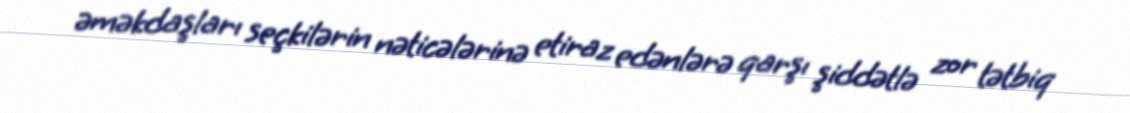
əməkdaşları seçkilərin nəticələrinə etiraz edənlərə qarşı şiddətlə zor tətbiq